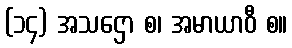
(၁၄) အသဌော စ၊ အမာယာဝီ စ။